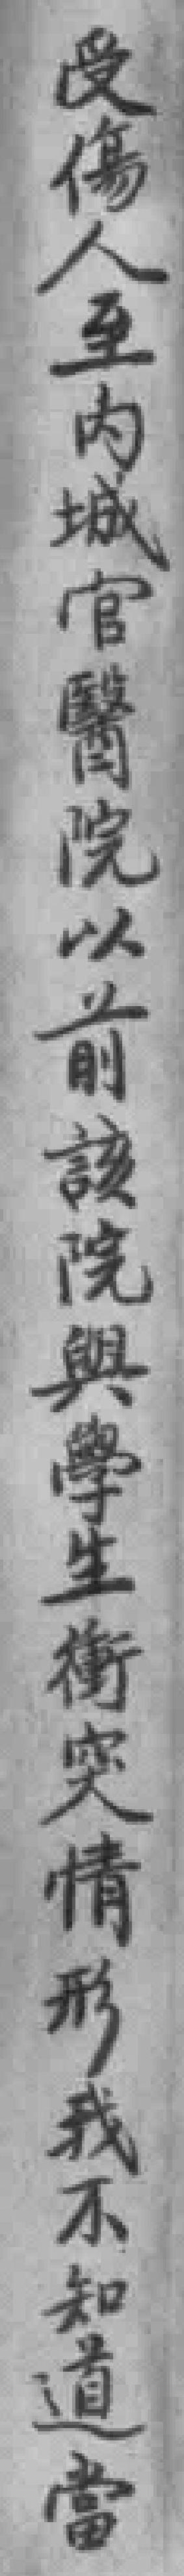
受傷人至内城官醫院以前該院與學生衡突情形我不知道當